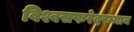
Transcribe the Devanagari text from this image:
विश्वसफरेदरम्यान